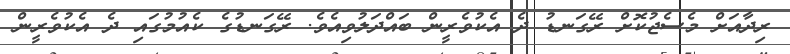
ރިދާއަށް މެސެޖުކޮށް ރޭގަނޑު ދެ އެކުވެރީން ބައްދަލުވިއެވެ. ރޭގަނޑުގެ ކެއުމުގައި ދެ އެކުވެރީން